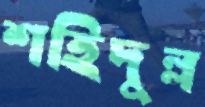
শহিদুল্ল